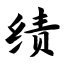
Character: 绩